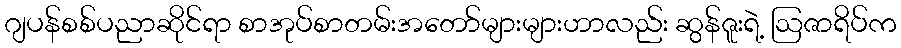
ဂျပန်စစ်ပညာဆိုင်ရာ စာအုပ်စာတမ်းအတော်များများဟာလည်း ဆွန်ဇူးရဲ့ ဩဇာရိပ်က